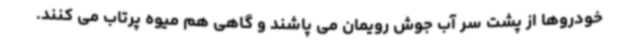
خودروها از پشت سر آب جوش رویمان می پاشند و گاهی هم میوه پرتاب می کنند.